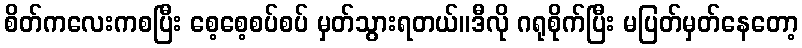
စိတ်ကလေးကစပြီး စေ့စေ့စပ်စပ် မှတ်သွားရတယ်။ဒီလို ဂရုစိုက်ပြီး မပြတ်မှတ်နေတော့